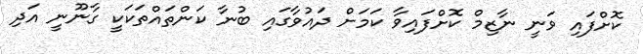
ކޮށްފައި ވަނީ ނާޒިމް ކޮށްފައިވާ ކަމަށް ދައުވާގައި ބުނާ ކަންތައްތަކަކީ ގާނޫނީ އަދި